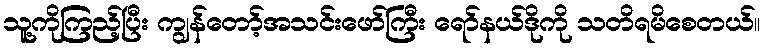
သူ့ကိုကြည့်ပြီး ကျွန်တော့်အသင်းဖော်ကြီး ရော်နယ်ဒိုကို သတိရမိစေတယ်။